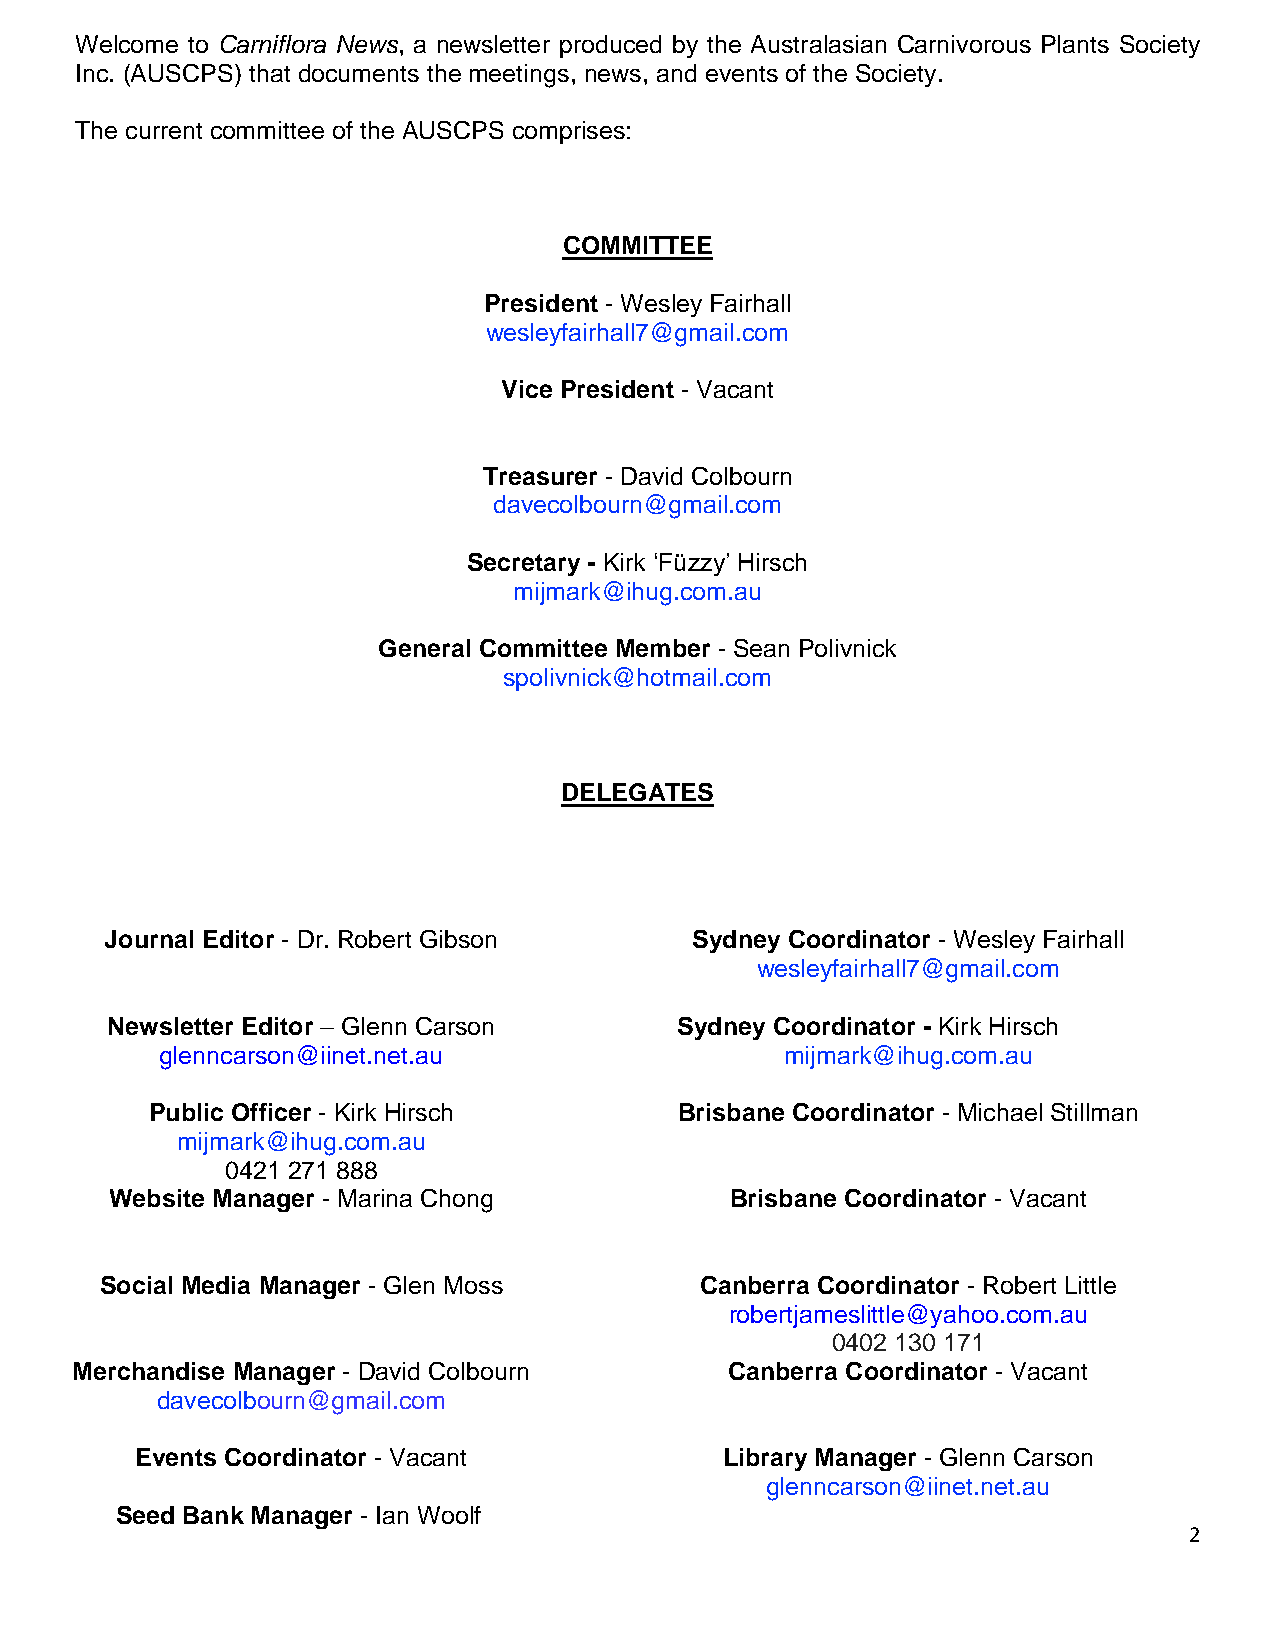
Welcome to Carniflora News, a newsletter produced by the Australasian Carnivorous Plants Society
 Inc. (AUSCPS) that documents the meetings, news, and events of the Society.
 The current committee of the AUSCPS comprises:
 COMMITTEE
 President - Wesley Fairhall
 wesleyfairhall7@gmail.com
 Vice President - Vacant
 Treasurer - David Colbourn
 davecolbourn@gmail.com
 Secretary - Kirk ‘Füzzy’ Hirsch
 mijmark@ihug.com.au
 General Committee Member - Sean Polivnick
 spolivnick@hotmail.com
 DELEGATES
 Journal Editor - Dr. Robert Gibson     Sydney Coordinator - Wesley Fairhall
 wesleyfairhall7@gmai l.com
 Newsletter Editor – Glenn Carson      Sydney Coordinator - Kirk Hirsch
 glenncarson@iinet.net.au                 mijmark@ihug.com.au
 Public Officer - Kirk Hirsch       Brisbane Coordinator - Michael Stillman
 mijmark@ihug.com.au
 0421 271 888
 Website Manager - Marina Chong           Brisbane Coordinator - Vacant
 Social Media Manager - Glen Moss       Canberra Coordinator - Robert Little
 robertjameslittle@yahoo.com.au
 0402 130 171
 Merchandise Manager - David Colbourn       Canberra Coordinator - Vacant
 davecolbourn@gmail.com
 Events Coordinator - Vacant            Library Manager - Glenn Carson
 glenncarson@iinet.net.au
 Seed Bank Manager - Ian Woolf
 2
 Seed Bank Manager - Ia n Woolf iwoolf@gmail.com